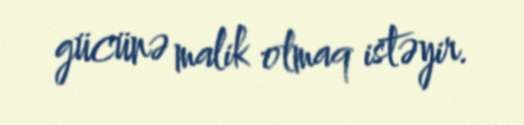
gücünə malik olmaq istəyir.